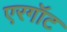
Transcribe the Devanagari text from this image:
एरगॉट